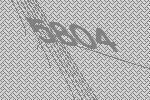
5804